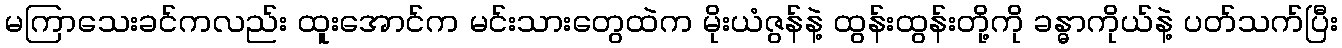
မကြာသေးခင်ကလည်း ထူးအောင်က မင်းသားတွေထဲက မိုးယံဇွန်နဲ့ ထွန်းထွန်းတို့ကို ခန္ဓာကိုယ်နဲ့ ပတ်သက်ပြီး